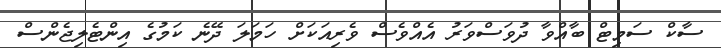
ސާކް ސަމިޓް ބާއްވާ ދުވަސްވަރު އެއްވެސް ވެރިއަކަށް ހަމަލަ ދޭނެ ކަމުގެ އިންޓެލިޖެންސް